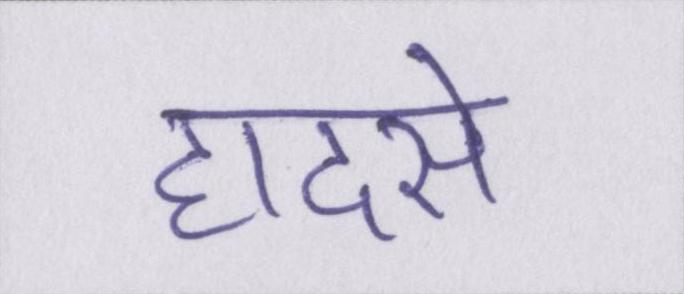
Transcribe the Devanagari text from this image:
हादसे